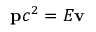
\mathbf { p } c ^ { 2 } = E \mathbf { v }